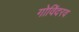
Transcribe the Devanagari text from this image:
गोविंदरव